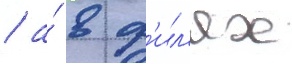
/ а́ в ф'ил'ях